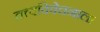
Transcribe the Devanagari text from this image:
तत्त्वविवेचनाला